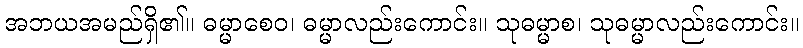
အဘယအမည်ရှိ၏။ ဓမ္မာစေဝ၊ ဓမ္မာလည်းကောင်း။ သုဓမ္မာစ၊ သုဓမ္မာလည်းကောင်း။